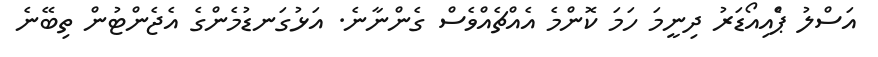
އަސްލު ޕްެއިއޯޑަރު ދިނީމަ ހަމަ ކޮންމެ އެއްޗެއްވެސް ގެންނާނެ. އަޅުގަނޑުމެންގެ އެޖެންޓުން ތިބޭނެ